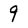
Character: 9